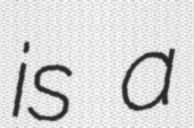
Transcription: is a